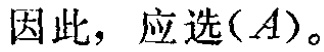
因此，应选\((A)\)。